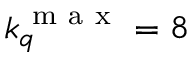
k _ { q } ^ { \mathrm { ~ m ~ a ~ x ~ } } = 8